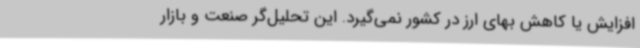
افزایش یا کاهش بهای ارز در کشور نمی‌گیرد. این تحلیل‌گر صنعت و بازار